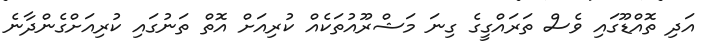
އަދި ތޮއްޑޫގައި ވެސް ތަރައްގީގެ ގިނަ މަޝްރޫއުތަކެއް ކުރިއަށް އޮތް ތަނުގައި ކުރިއަށްގެންދާނެ